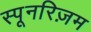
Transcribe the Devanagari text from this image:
स्पूनरिज़म